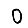
Digit: 0